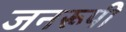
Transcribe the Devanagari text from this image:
जनरूपी